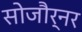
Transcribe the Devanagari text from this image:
सोजौर्नर